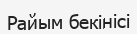
Райым бекінісі